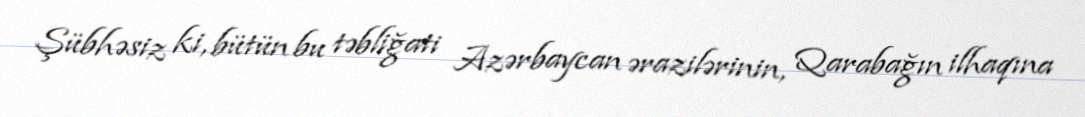
Şübhəsiz ki, bütün bu təbliğati Azərbaycan ərazilərinin, Qarabağın ilhaqına